画像に写った文字を読んでください
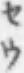
「セウ」と書いてあります